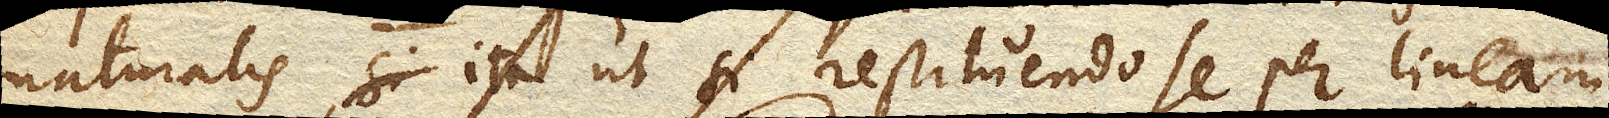
naturalis, ita ut si restituendo se per lineam